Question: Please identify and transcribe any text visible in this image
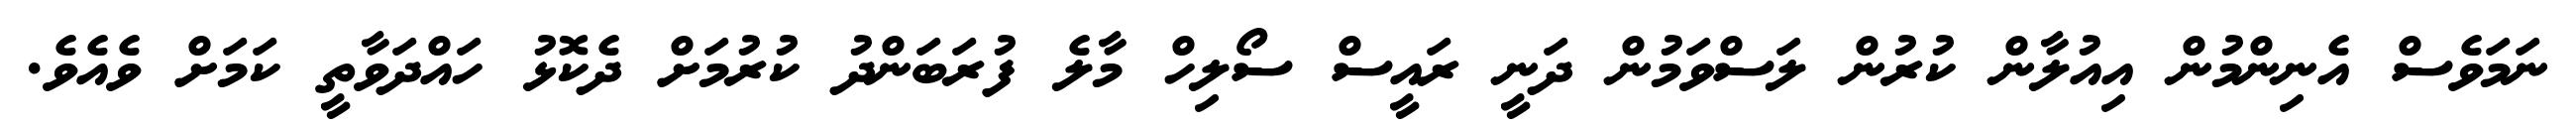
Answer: ނަމަވެސް އެނިންމުން އިއުލާން ކުރުން ލަސްވަމުން ދަނީ ރައީސް ސޯލިހް މާލެ ފުރަބަންދު ކުރުމަށް ދެކޮޅު ހައްދަވާތީ ކަމަށް ވެއެވެ.